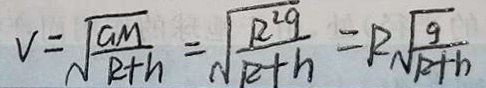
V = \sqrt { \frac { a m } { R + h } } = \sqrt { \frac { R ^ { 2 } g } { R + h } } = R \sqrt { \frac { g } { R + h } }